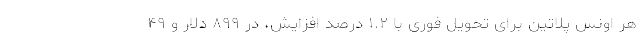
هر اونس پلاتین برای تحویل فوری با ۱.۲ درصد افزایش، در ۸۹۹ دلار و ۴۹